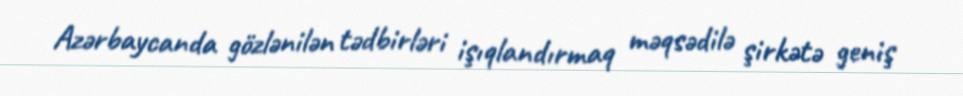
Azərbaycanda gözlənilən tədbirləri işıqlandırmaq məqsədilə şirkətə geniş